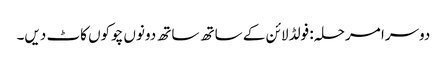
دوسرا مرحلہ: فولڈ لائن کے ساتھ ساتھ دونوں چوکوں کاٹ دیں۔